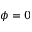
\phi = 0